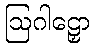
ဩဂါဠှော